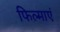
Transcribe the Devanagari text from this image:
फिल्माएं